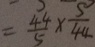
= \frac { 4 4 } { 5 } \times \frac { 5 } { 4 4 }